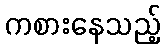
ကစားနေသည့်